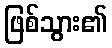
ဖြစ်သွား၏